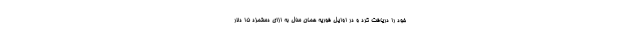
خود را دریافت کرد و در اوایل فوریه همان سال به ازای دستمزد 15 دلار